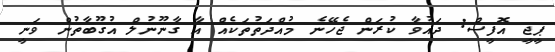
ޕީޖީ އޮފީސް: ދައުވާ ކުރަން ޖެހޭނެ މުއްދަތުތަކެއް އާ ގާނޫނުލް އުގޫބާތުން ވަނީ